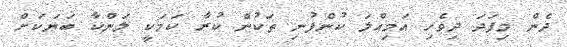
ދެން މިފަދަ ދިވެހި އަމިއްލަ ކުންފުނި ތަކުން ކުރާ ކަމަކީ ލަންކާ ބަޔަކަށް